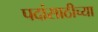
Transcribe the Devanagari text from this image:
पदांसाठीच्या